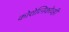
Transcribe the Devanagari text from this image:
कोशेव्निकोव्ही